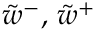
\tilde { w } ^ { - } , \, \tilde { w } ^ { + }